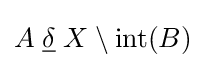
A\mathrel {\underline {\delta }} X\setminus {\mbox{int}}(B)